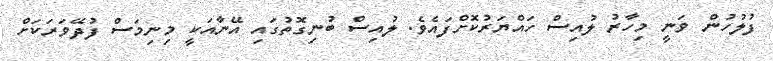
ފުލުހުން ވަނީ މިހާރު ލުއިސް ހައްޔަރުކޮށްފައެވެ. ލުއިސް ބުނިގޮތުގައި އޭނާއަކީ މިނިމަސް ފުދޭވަރަކަށް